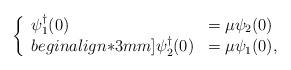
LaTeX: \begin{align*}\left \{\begin{array}{ll}\psi_1^\dagger (0) & = \mu\psi_2(0) \\begin{align*}3mm]\psi_2^\dagger (0) & = \mu\psi_1 (0),\end{array}\right.\end{align*}